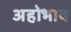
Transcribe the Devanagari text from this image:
अहोभाव